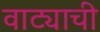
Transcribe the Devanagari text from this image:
वाट्याची